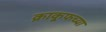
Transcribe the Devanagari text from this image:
क्राकूफच्या